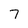
Character: 7